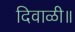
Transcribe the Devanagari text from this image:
दिवाळी॥